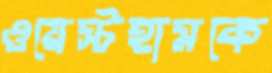
ওয়েস্টহামকে